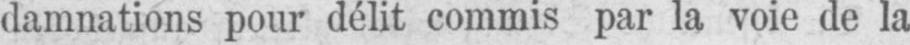
damnations pour délit commis par la voie de la